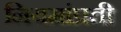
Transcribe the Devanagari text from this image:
नियमांप्रती